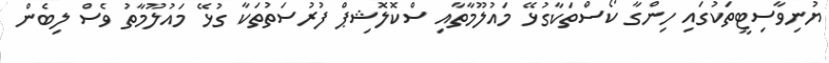
ޔުނިވާސިޓީތަކުގައި ހިންގާ ކޯސްތަކާގުޅޭ މައުލޫމާތާއި ސްކޮލޮޝިޕް ފުރުސަތުތަކާ ގުޅޭ މައުލޫމާތު ވެސް ލިބެން